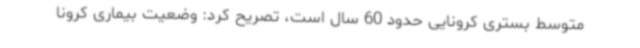
متوسط بستری کرونایی حدود 60 سال است، تصریح کرد: وضعیت بیماری کرونا